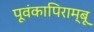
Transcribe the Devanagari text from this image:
पूवंकापिराम्बू